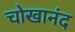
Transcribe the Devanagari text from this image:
चोखानंद